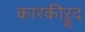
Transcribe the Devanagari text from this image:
कारकीऱ्र्द